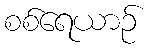
စစ်ရေယာဉ်